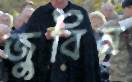
জুবিন